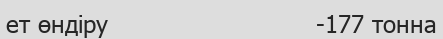
ет өндіру                          -177 тонна